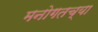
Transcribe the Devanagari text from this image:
मनोगतच्या